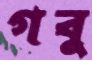
গবু